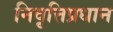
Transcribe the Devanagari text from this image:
निवृत्तिप्रधान